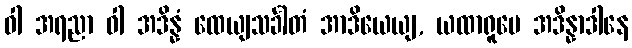
ဝါ အရညာ ဝါ အဒိန္နံ ထေယျသင်္ခါတံ အာဒိယေယျ, ယထာရူပေ အဒိန္နာဒါနေ